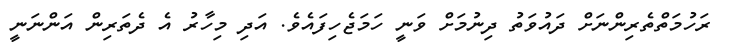
ރަހުމަތްތެރިންނަށް ދައުވަތު ދިނުމަށް ވަނީ ހަމަޖެހިފައެވެ. އަދި މިހާރު އެ ދެތަރިން އަންނަނީ